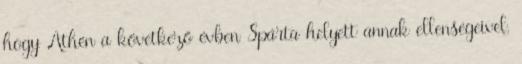
hogy Athén a következő évben Spárta helyett annak ellenségeivel,